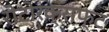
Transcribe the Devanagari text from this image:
रोटोरक्राफ्ट